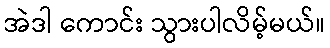
အဲဒါ ကောင်း သွားပါလိမ့်မယ်။